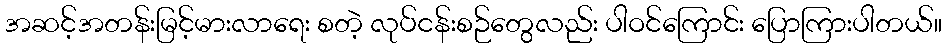
အဆင့်အတန်းမြင့်မားလာရေး စတဲ့ လုပ်ငန်းစဉ်တွေလည်း ပါဝင်ကြောင်း ပြောကြားပါတယ်။